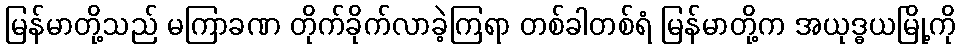
မြန်မာတို့သည် မကြာခဏ တိုက်ခိုက်လာခဲ့ကြရာ တစ်ခါတစ်ရံ မြန်မာတို့က အယုဒ္ဓယမြို့ကို